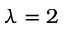
\lambda = 2